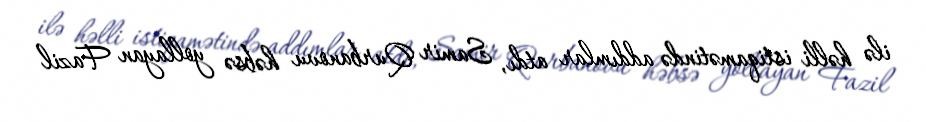
ilə həlli istiqamətində addımlar atdı, Samir Qurbanovu həbsə yollayan Fazil